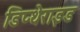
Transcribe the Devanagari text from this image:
डिप्थेराइड